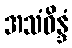
အသံဝိန္ဒံ